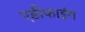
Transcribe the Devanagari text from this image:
एडीफाइंग